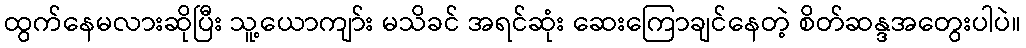
ထွက်နေမလားဆိုပြီး သူ့ယောကျာ်း မသိခင် အရင်ဆုံး ဆေးကြောချင်နေတဲ့ စိတ်ဆန္ဒအတွေးပါပဲ။